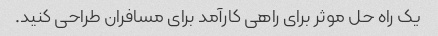
یک راه حل موثر برای راهی کارآمد برای مسافران طراحی کنید.